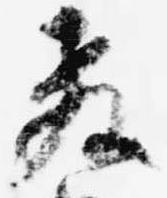
教